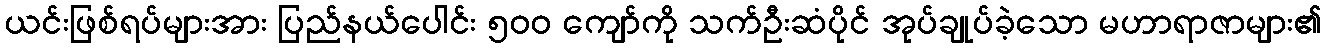
ယင်းဖြစ်ရပ်များအား ပြည်နယ်ပေါင်း ၅၀၀ ကျော်ကို သက်ဦးဆံပိုင် အုပ်ချုပ်ခဲ့သော မဟာရာဇာများ၏